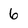
Character: 6